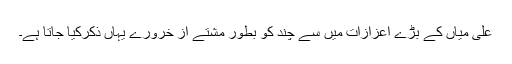
علی میاں کے بڑے اعزازات میں سے چند کو بطور مشتے از خرورے یہاں ذکرکیا جاتا ہے۔